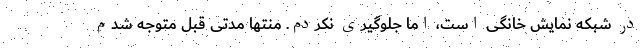
در شبکه نمایش خانگی است، اما جلوگیری نکردم. منتها مدتی قبل متوجه شدم